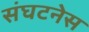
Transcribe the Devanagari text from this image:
संघटनेस